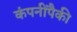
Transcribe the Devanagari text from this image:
कंपनींपैकी